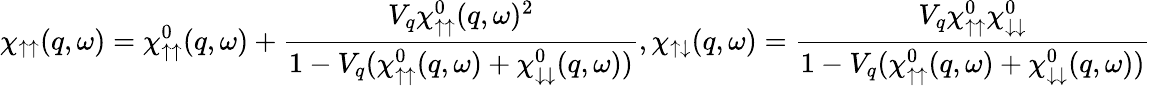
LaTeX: \chi_{\uparrow\uparrow}(q,\omega)=\chi_{\uparrow\uparrow}^{0}(q,\omega)+\frac{V_{q}\chi_{\uparrow\uparrow}^{0}(q,\omega)^{2}}{1-V_{q}(\chi_{\uparrow\uparrow}^{0}(q,\omega)+\chi_{\downarrow\downarrow}^{0}(q,\omega))},\chi_{\uparrow\downarrow}(q,\omega)=\frac{V_{q}\chi_{\uparrow\uparrow}^{0}\chi_{\downarrow\downarrow}^{0}}{1-V_{q}(\chi_{\uparrow\uparrow}^{0}(q,\omega)+\chi_{\downarrow\downarrow}^{0}(q,\omega))}